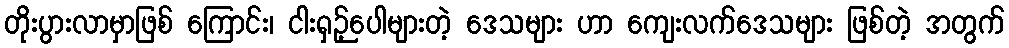
တိုးပွားလာမှာဖြစ် ကြောင်း၊ ငါးရှဉ့်ပေါများတဲ့ ဒေသများ ဟာ ကျေးလက်ဒေသများ ဖြစ်တဲ့ အတွက်